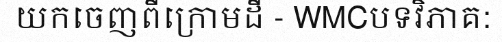
យកចេញពីក្រោមដី - WMCបទវិភាគ: